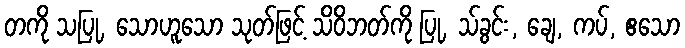
တကို သပြု, သောဟူသော သုတ်ဖြင့် သိဝိဘတ်ကို ပြု, သ်ခွင်း, ချေ, ကပ်, ဧသော